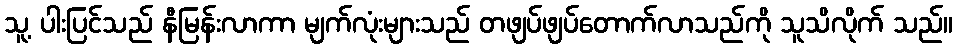
သူ့ ပါးပြင်သည် နီမြန်းလာကာ မျက်လုံးများသည် တဖျပ်ဖျပ်တောက်လာသည်ကို သူသိလိုက် သည်။